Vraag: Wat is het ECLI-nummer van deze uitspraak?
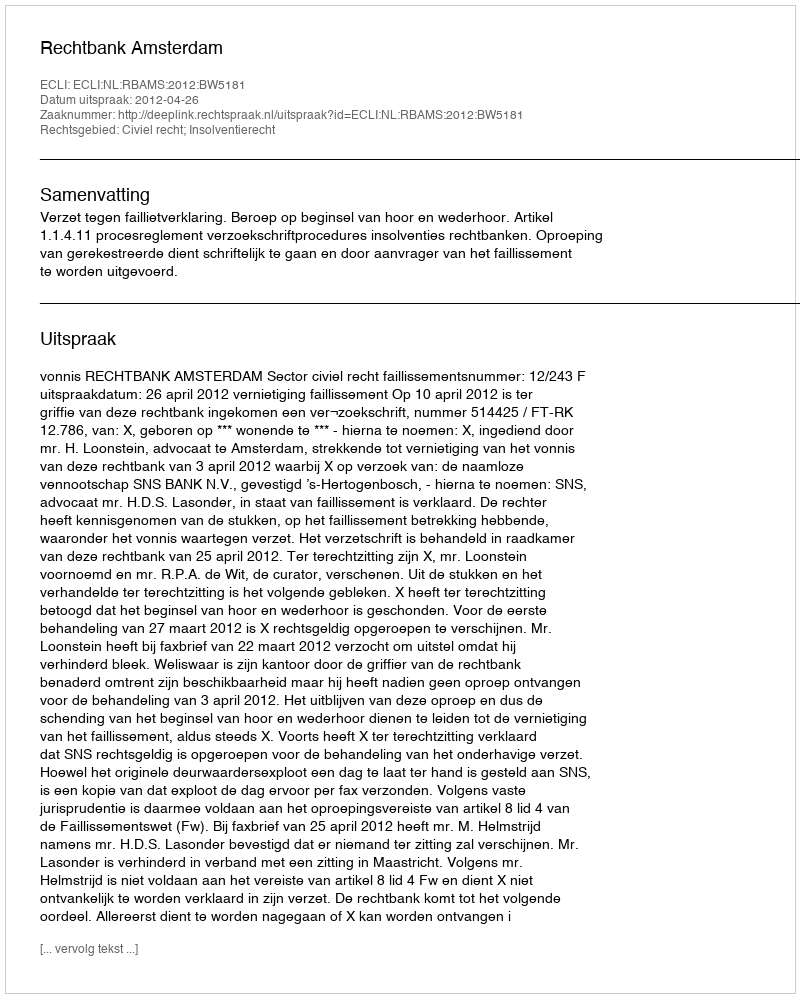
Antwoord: ECLI:NL:RBAMS:2012:BW5181